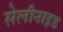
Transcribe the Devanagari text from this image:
सेलीनाइड